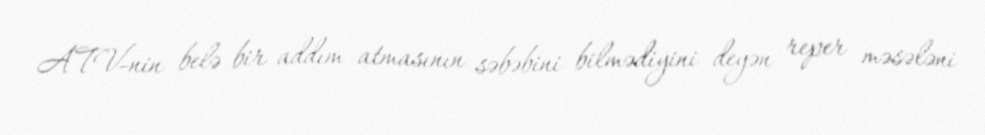
ATV-nin belə bir addım atmasının səbəbini bilmədiyini deyən reper məsələni